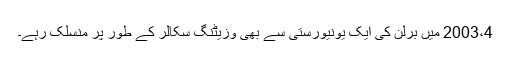
2003،4 میں برلن کی ایک یونیورستی سے بھی وزیٹنگ سکالر کے طور پر منسلک رہے۔